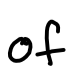
Text: of
Cross-out: clean
Writing tool: digital_black